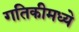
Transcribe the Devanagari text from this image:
गतिकीमध्ये